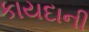
કાયદાની